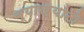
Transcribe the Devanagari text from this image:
व्याख्यानो